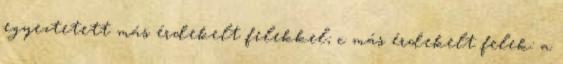
egyeztetett más érdekelt felekkel; c más érdekelt felek: a